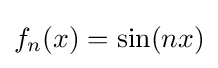
f_{n}(x)=\sin(nx)